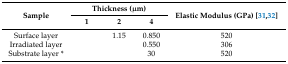
<table><thead><tr><td rowspan="2"><b>Sample</b></td><td colspan="3"><b>Thickness (μm)</b></td><td rowspan="2"><b>Elastic Modulus (GPa) [31,32]</b></td></tr><tr><td><b>1</b></td><td><b>2</b></td><td><b>4</b></td></tr></thead><tbody><tr><td>Surface layer</td><td>[EMPTY_CELL]</td><td>1.15</td><td>0.850</td><td>520 </td></tr><tr><td>Irradiated layer</td><td>[EMPTY_CELL]</td><td>[EMPTY_CELL]</td><td>0.550</td><td>306</td></tr><tr><td>Substrate layer *</td><td>[EMPTY_CELL]</td><td>[EMPTY_CELL]</td><td>30</td><td>520</td></tr></tbody></table>